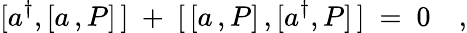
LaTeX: [a^{\dagger},[a\, ,P]\, ]\ +\ [\, [a\, ,P]\, ,[a^{\dagger},P]\, ]\ =\ 0\quad,